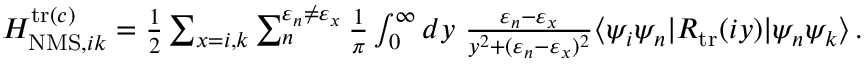
\begin{array} { r } { H _ { \mathrm { N M S } , i k } ^ { \mathrm { t r } ( c ) } = \frac { 1 } { 2 } \sum _ { x = i , k } \sum _ { n } ^ { \varepsilon _ { n } \neq \varepsilon _ { x } } \frac { 1 } { \pi } \int _ { 0 } ^ { \infty } d y \, \, \frac { \varepsilon _ { n } - \varepsilon _ { x } } { y ^ { 2 } + ( \varepsilon _ { n } - \varepsilon _ { x } ) ^ { 2 } } \ensuremath { \langle \psi _ { i } \psi _ { n } | } { R } _ { \mathrm { t r } } ( i y ) \ensuremath { | \psi _ { n } \psi _ { k } \rangle } \, . } \end{array}